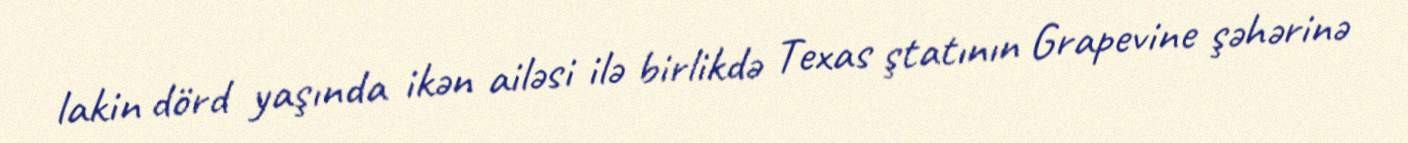
lakin dörd yaşında ikən ailəsi ilə birlikdə Texas ştatının Grapevine şəhərinə